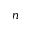
n